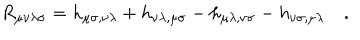
R _ { \mu \nu \lambda \sigma } = h _ { \mu \sigma , \nu \lambda } + h _ { \nu \lambda , \mu \sigma } - h _ { \mu \lambda , \nu \sigma } - h _ { \nu \sigma , \mu \lambda } \quad .